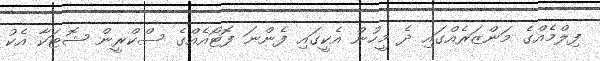
ފިލްމެއްގެ މަންޒަރެއްގައި ދެ މީހުން އެކީގައި ފެންނަ ފޮޓޯއެއްގެ ސްކްރީން ޝޮޓަކާ އެކު